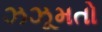
ઝઝૂમતો